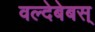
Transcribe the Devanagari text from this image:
वल्देबेबस्